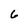
Character: 6